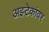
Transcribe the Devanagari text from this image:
अझ्टेकांवर